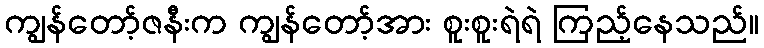
ကျွန်တော့်ဇနီးက ကျွန်တော့်အား စူးစူးရဲရဲ ကြည့်နေသည်။